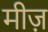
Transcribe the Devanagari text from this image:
मीज़